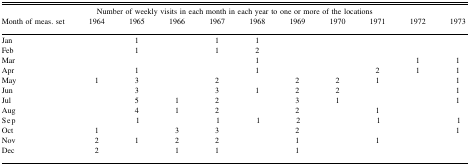
|  | <COLSPAN=8> Number of weekly visits in each month in each year to one or more of the locations | <COLSPAN=2>  |
 | Month of meas. set | 1964 | 1965 | 1966 | 1967 | 1968 | 1969 | 1970 | 1971 | 1972 | 1973 |
 | --- | --- | --- | --- | --- | --- | --- | --- | --- | --- | --- |
 | Jan |  | 1 |  | 1 | 1 |  |  |  |  |  |
 | Feb |  | 1 |  | 1 | 2 |  |  |  |  |  |
 | Mar |  |  |  |  | 1 |  |  |  | 1 | 1 |
 | Apr |  | 1 |  |  | 1 |  |  | 2 | 1 | 1 |
 | May | 1 | 3 |  | 2 |  | 2 | 2 | 1 |  | 1 |
 | Jun |  | 3 |  | 3 | 1 | 2 | 2 |  |  | 1 |
 | Jul |  | 5 | 1 | 2 |  | 3 | 1 |  |  | 1 |
 | Aug |  | 4 | 1 | 2 |  | 2 |  | 1 |  |  |
 | Sep |  | 1 |  | 1 | 1 | 2 |  | 1 |  | 1 |
 | Oct | 1 |  | 3 | 3 |  | 2 |  |  |  | 1 |
 | Nov | 2 | 1 | 2 | 2 |  | 1 |  | 1 |  |  |
 | Dec | 2 |  | 1 | 1 |  | 1 |  |  |  |  |